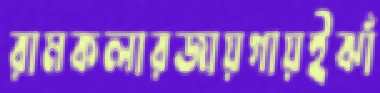
রামকলারজায়গায়ইঝাঁ